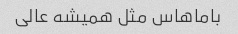
باماهاس مثل همیشه عالی